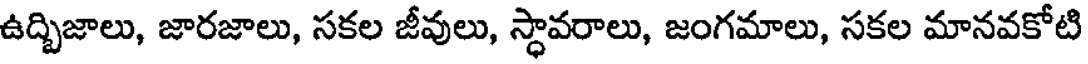
ఉద్చిజాలు, జారజాలు, సకల జీవులు, స్థావరాలు, జంగమాలు, సకల మానవకోటి